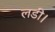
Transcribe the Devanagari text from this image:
लडी।